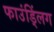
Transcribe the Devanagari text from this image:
फाउंड्लिंग